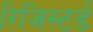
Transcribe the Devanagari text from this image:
रिजिस्टर्ड